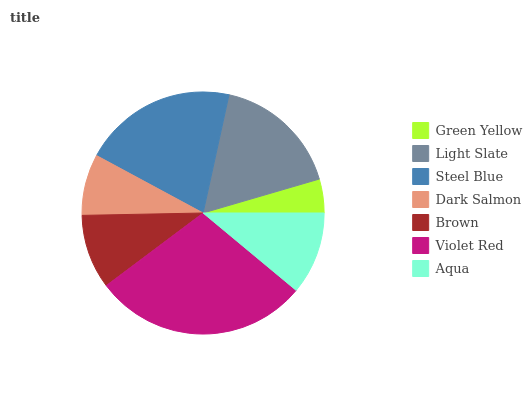
| Green Yellow | Light Slate | Steel Blue | Dark Salmon | Brown | Violet Red | Aqua |
 | --- | --- | --- | --- | --- | --- | --- |
 | 4.53% | 17% | 20.6% | 8.19% | 9.94% | 28.7% | 11.1% |